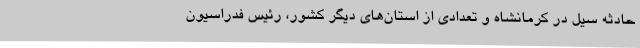
حادثه سیل در کرمانشاه و تعدادی از استان‌های دیگر کشور، رئیس فدراسیون